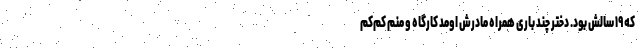
که ۱۹ سالش بود. دختر چند باری همراه مادرش اومد کارگاه و منم کم‌کم